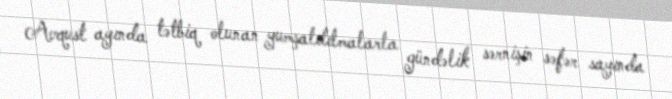
Avqust ayında tətbiq olunan yumşaldılmalarla gündəlik sərnişin səfər sayında